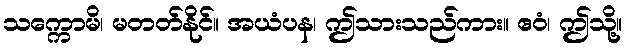
သက္ကောမိ၊ မတတ်နိုင်။ အယံပန၊ ဤသားသည်ကား။ ဧဝံ၊ ဤသို့။